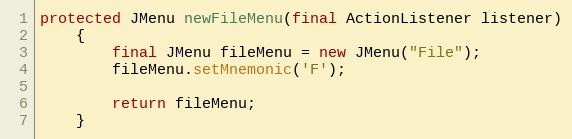
Language: Java
protected JMenu newFileMenu(final ActionListener listener)
	{
		final JMenu fileMenu = new JMenu("File");
		fileMenu.setMnemonic('F');

		return fileMenu;
	}